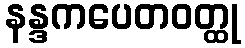
နန္ဒကပေတဝတ္ထု